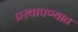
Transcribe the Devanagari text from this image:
प्रस्थापण्यात